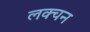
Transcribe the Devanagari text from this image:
लक्चन